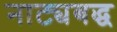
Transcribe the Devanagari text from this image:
नाट्यबद्ध